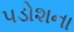
પડોશના